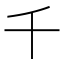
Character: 千